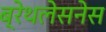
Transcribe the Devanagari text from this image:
ब्रेथलेसनेस